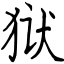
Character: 狱